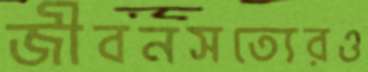
জীবনসত্যেরও